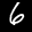
Label: 6